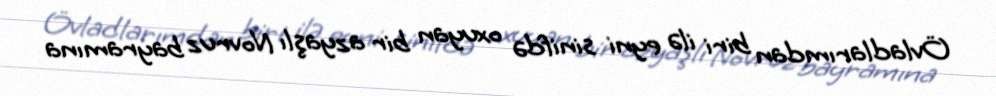
Övladlarımdan biri ilə eyni sinifdə oxuyan bir azyaşlı Novruz bayramına